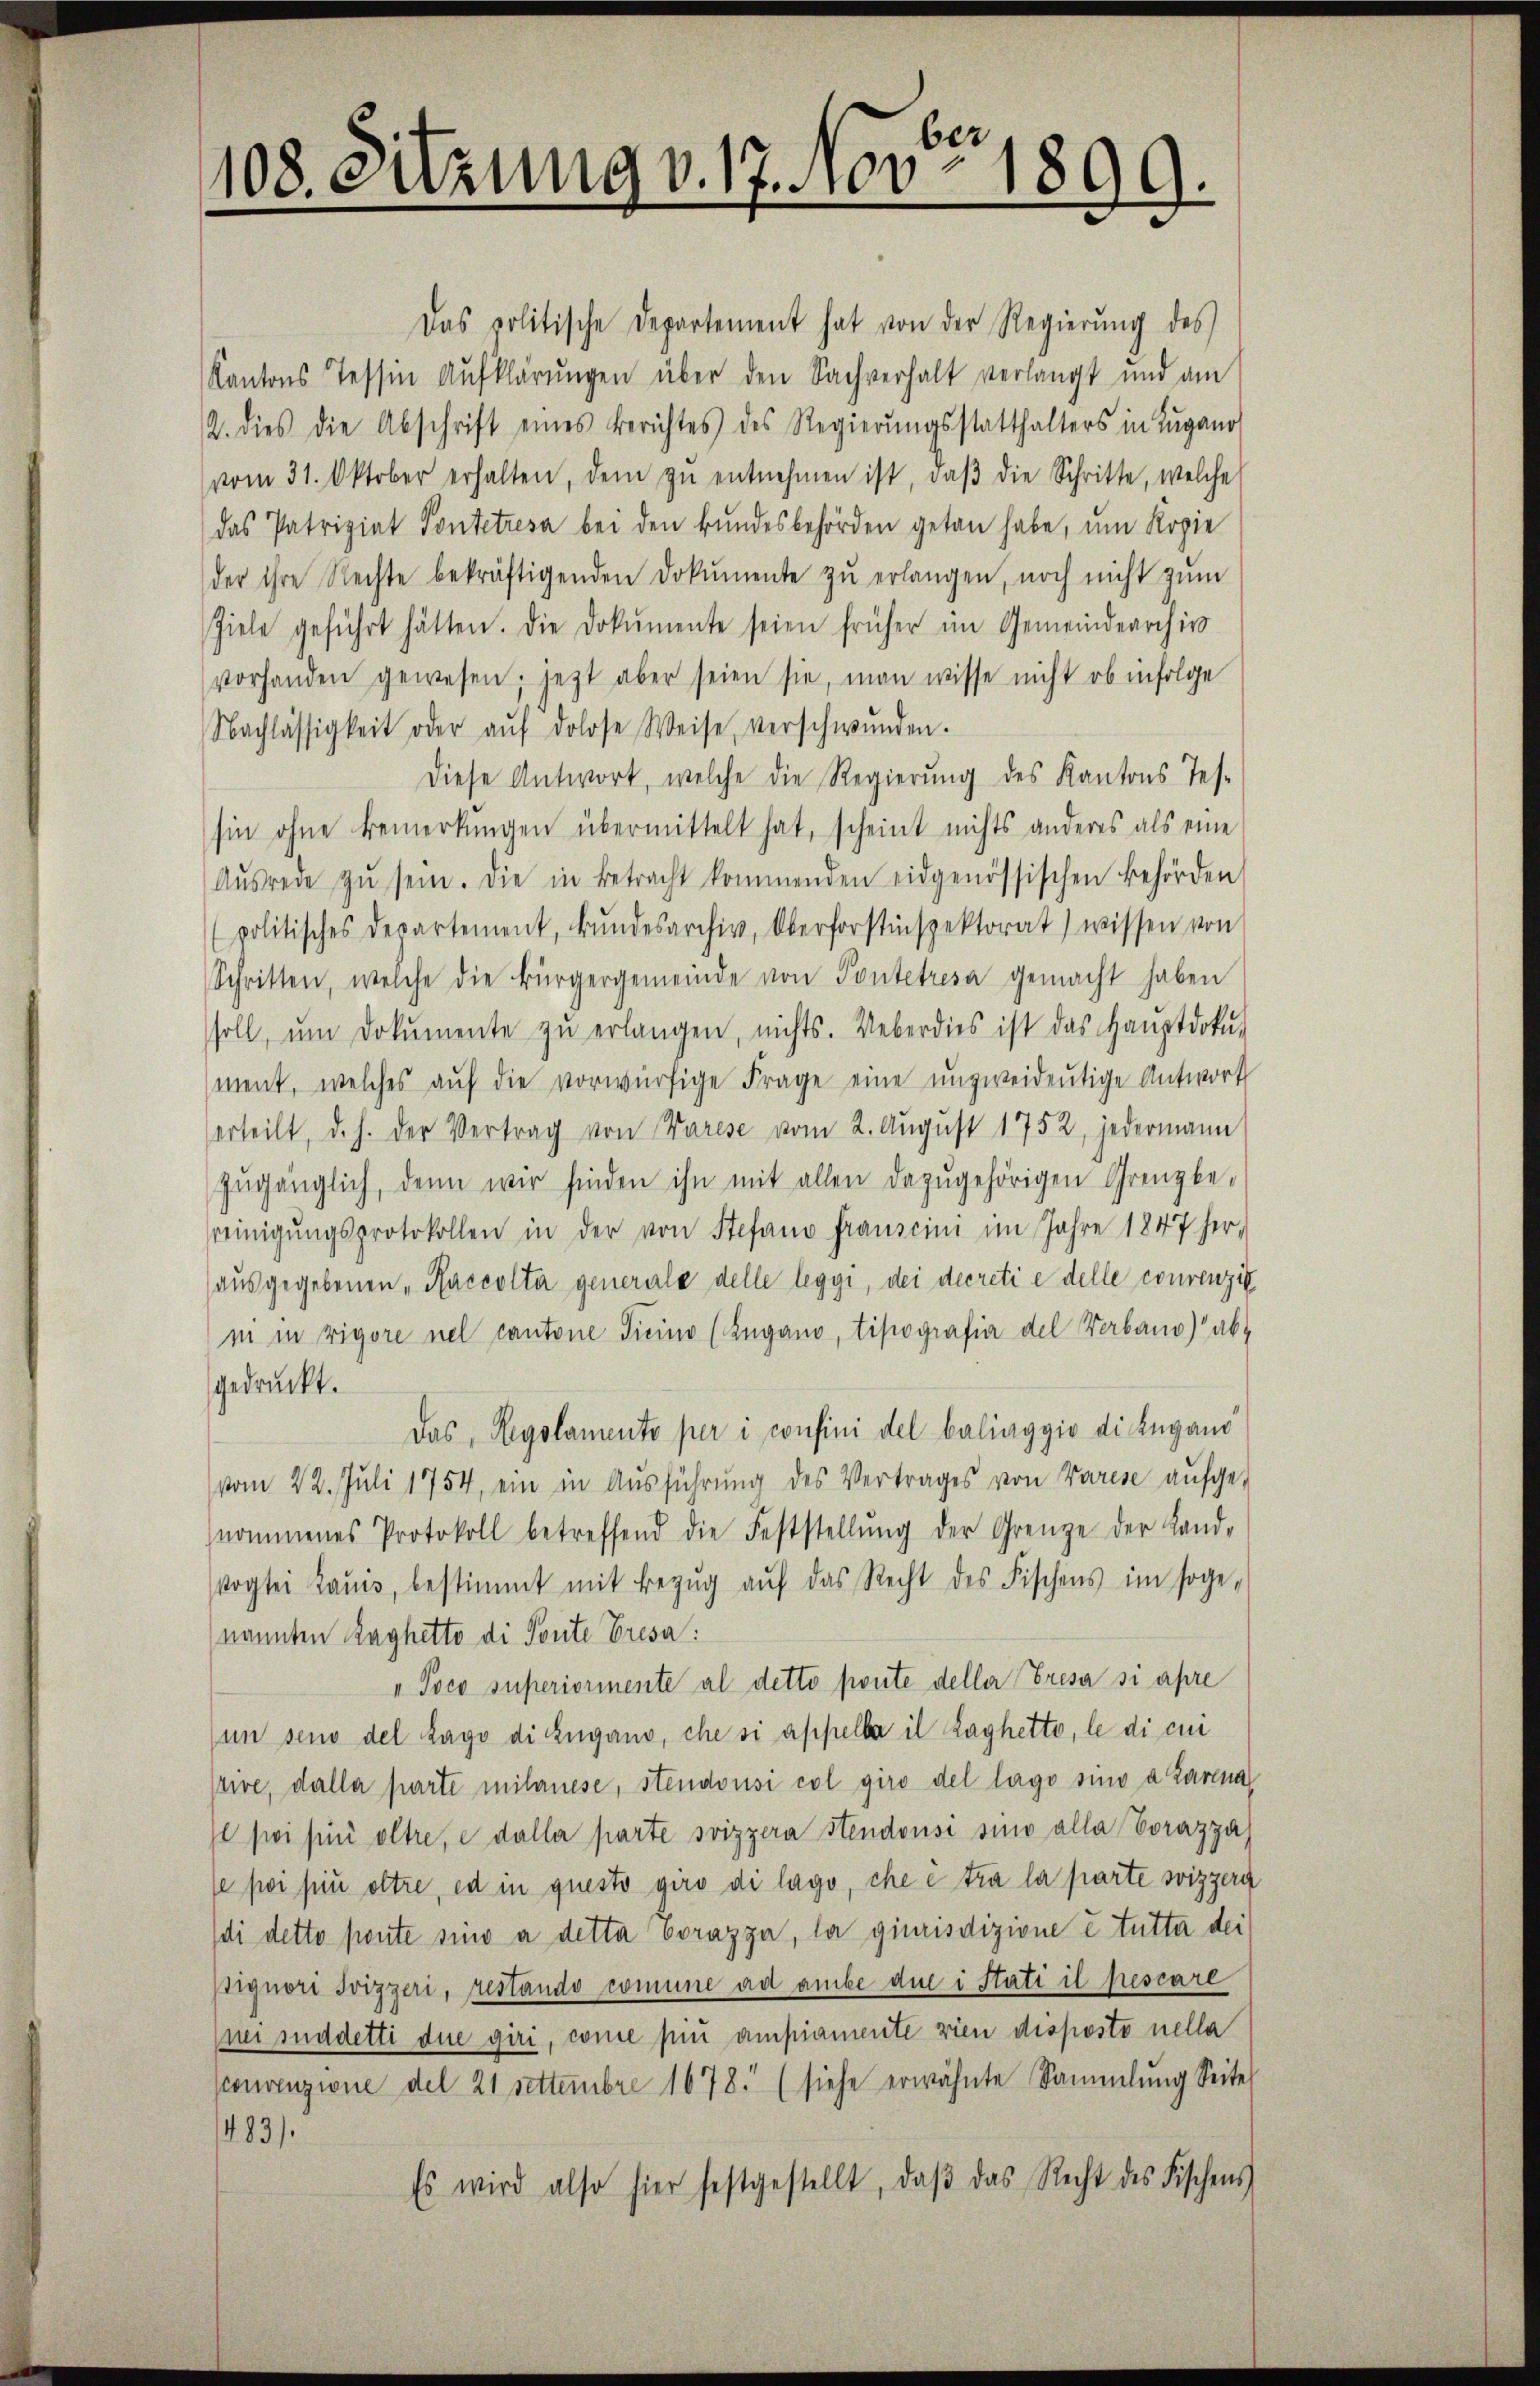
2
108. Sitzung v. 17. 100 1899.

Das politische Departement hat von der Regierŭng des
Kantons Tessin Aufklärŭngen über den Sachverhalt verlangt und am
2. dies die Abschrift eines Berichtes des Regierŭngsstatthalters in Lugano
vom 31. Oktober erhalten, dem zŭ entnehmen ist, daβ die Schritte, welche
das Patriziat Pontetresa bei den Bundesbehörden getan habe, um Kopie
der ihre Rechte bekräftigenden Dokumente zu erlangen, noch nicht zum
Ziele geführt hätten. Die Dokumente seien früher im Gemeindearchiv
vorhanden gewesen; jetzt aber seien sie, man wisse nicht ob infolge
Nachlässigkeit oder aŭf dolose Weise, verschwunden.
diese Antwort, welche die Regierŭng des Kantons Tes-
hin ohne Bemerkungen übermittelt hat, scheint nichts anderes als eine
Aŭsrege zŭ sein. Die in Betracht kommenden eidgenössischen Behörden
politisches Departement, ŭndesarchiv, Oberforstinspektorat wissen von
Schritten, welche die Bürgergemeinde von Pontetresa gemacht haben
soll, ŭm Dokumente zŭ erlangen, nichts. Ueberdies ist das Haŭptdokŭ-
ment, welches aŭf die vorwürfige Frage eine unzweideutige Antwort
erteilt, d. h. der Vertrag von Varese vom 2. August 1752, jedermann
zŭgänglich, denn wir finden ihn mit allen dazugehörigen Grenzbe-
reinigŭngsprotokollen in der von Stefano franscini im Jahre 1847 her-
ausgegebenen „Raccolta generale delle leggi, dei decreti e delle courenzig
ni in rigore nel cantone Ticino (Zugano, tipografie del Verband) abgedruckt.
Das Regolamento per i consini del baliaggio di Lugano
vom 22. Juli 1754, ein in Ausführung des Vertrages von Varese aufge-
nommenes Protokoll betreffend die Feststellŭng der Grenze der Land-
Vogtei Laŭis, bestimmt mit Bezŭg aŭf das Recht des Fischens im soge-
(nannten Raghetto di Ponte Eresa:
„ Poco superioriente al detto ponte deller Fresa si apre
un sei del Lago di Zugano, che si appella il Laghetto, le di cui
stive, dalla parte milrnese, stendonsi col giro del lage sino a Zarna
Il sei sein oltre, e dalla parte soizzera Stendousi sino alle Corazza
se poi pii oltre, ed in questo giro di lago, che e tra la parte Svizzera
di detto ponte sino a detta vorazza, la giurisdizione e tutta der
pignori Svizzeri, restando comune ad ambe due i Stati il pescare
mei suddetti die giri, come pie ampiamente vien disposto nella
peenzione del 21 Settembre 1678. (siehe erwähnte Sammlung Seite
483/
Es wird also hier festgestellt, daβ das Recht des Fischens